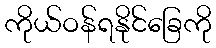
ကိုယ်ဝန်ရနိုင်ခြေကို